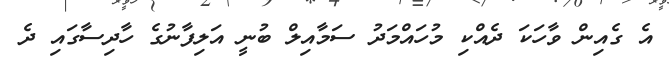
އެ ގެއިން ވާހަކަ ދެއްކި މުހައްމަދު ސަމާއިލް ބުނީ އަލިފާނުގެ ހާދިސާގައި ދެ